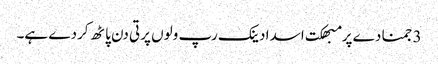
3 جمنا دے پرمبھکت اسدا دینک رپ ولوں پرتی دن پاٹھ کردے ہے۔